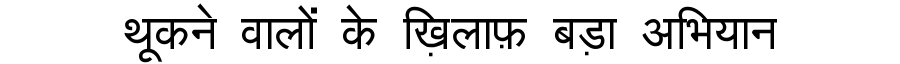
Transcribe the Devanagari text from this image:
थूकने वालों के ख़िलाफ़ बड़ा अभियान